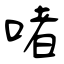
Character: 啫